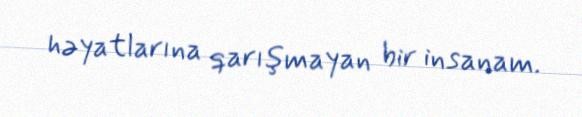
həyatlarına qarışmayan bir insanam.